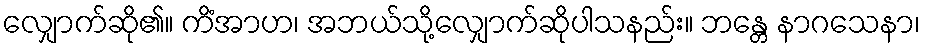
လျှောက်ဆို၏။ ကိံအာဟ၊ အဘယ်သို့လျှောက်ဆိုပါသနည်း။ ဘန္တေ နာဂသေနာ၊